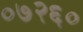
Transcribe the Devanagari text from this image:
०७२६०